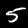
Digit: 5